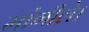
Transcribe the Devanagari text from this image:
मांगीले।